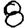
Digit: 8